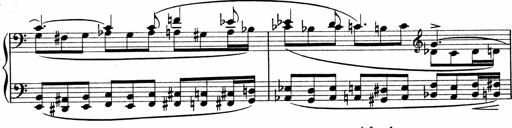
Title: Sonatina No.1
Composer: Otto Stoll
Key: C major